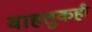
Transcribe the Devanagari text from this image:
वाहतुकही